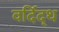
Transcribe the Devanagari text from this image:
वर्दिद्थ